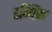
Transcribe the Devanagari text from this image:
डम्पिंग